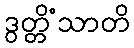
ဒွတ္တိံသာတိ